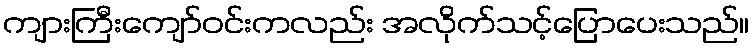
ကျားကြီးကျော်ဝင်းကလည်း အလိုက်သင့်ပြောပေးသည်။